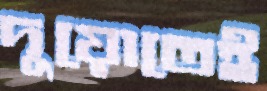
দুয়োতেই